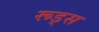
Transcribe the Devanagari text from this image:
रूड्स